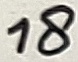
Text: 18